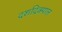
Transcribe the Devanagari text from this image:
दशदिक्पाल